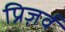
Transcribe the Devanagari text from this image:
प्रिज़र्व